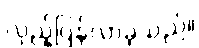
လှည့်ပြန်လာခဲ့သည်။